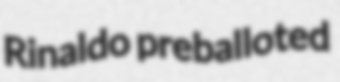
Rinaldo preballoted